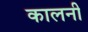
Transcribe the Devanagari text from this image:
कालनी